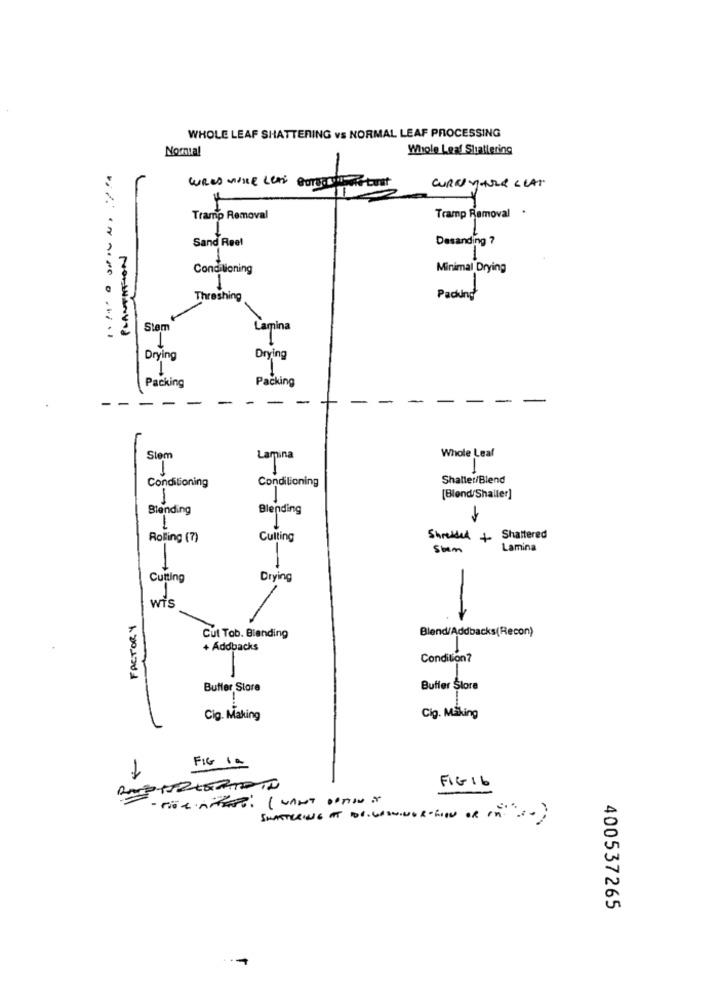
WHOLE LEAF SHATTERING vs NORMAL LEAF PROCESSING
Normal
Whole Leaf Shattering
CURRYHULR SLAT
1
Tramp Removal .
Tramp Removal
Sand Reel
Desanding ?
PLANTATION
Conditioning
Minimal Drying
Threshing
Padung
Siem
Lamina
Drying
Drying
Packing
Packing
-
-
Stem
Lamina
Whole Leaf
1
Conditioning
Conditioning
Shatter/Blend
-
1
[Blend/Shaller]
Blending
Blending
Rolling (7)
Cutting
Shredded + Shattered
Stem
Lamina
Cutting
Drying
wie
FACTORY
Blend/Addbacks(Recon)
Cut Tob. Blending
+ Addbacks
Condition?
Buffer Store
Buffer Store
Cig. Making
Cig. Making
FIG la
FIG16
SMARTUSING AT DE WONINGR TION OR In ..;
400537265